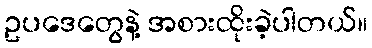
ဥပဒေတွေနဲ့ အစားထိုးခဲ့ပါတယ်။